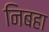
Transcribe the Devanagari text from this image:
निबहा